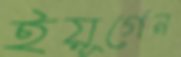
ইয়ূর্গেন